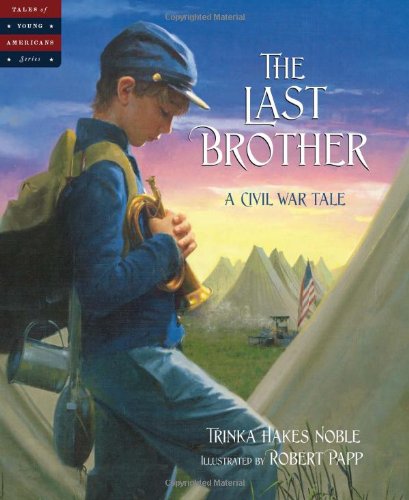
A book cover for The Last Brother: A Civil War Tale (Tales of Young Americans); Trinka Hakes Noble; Children's Books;